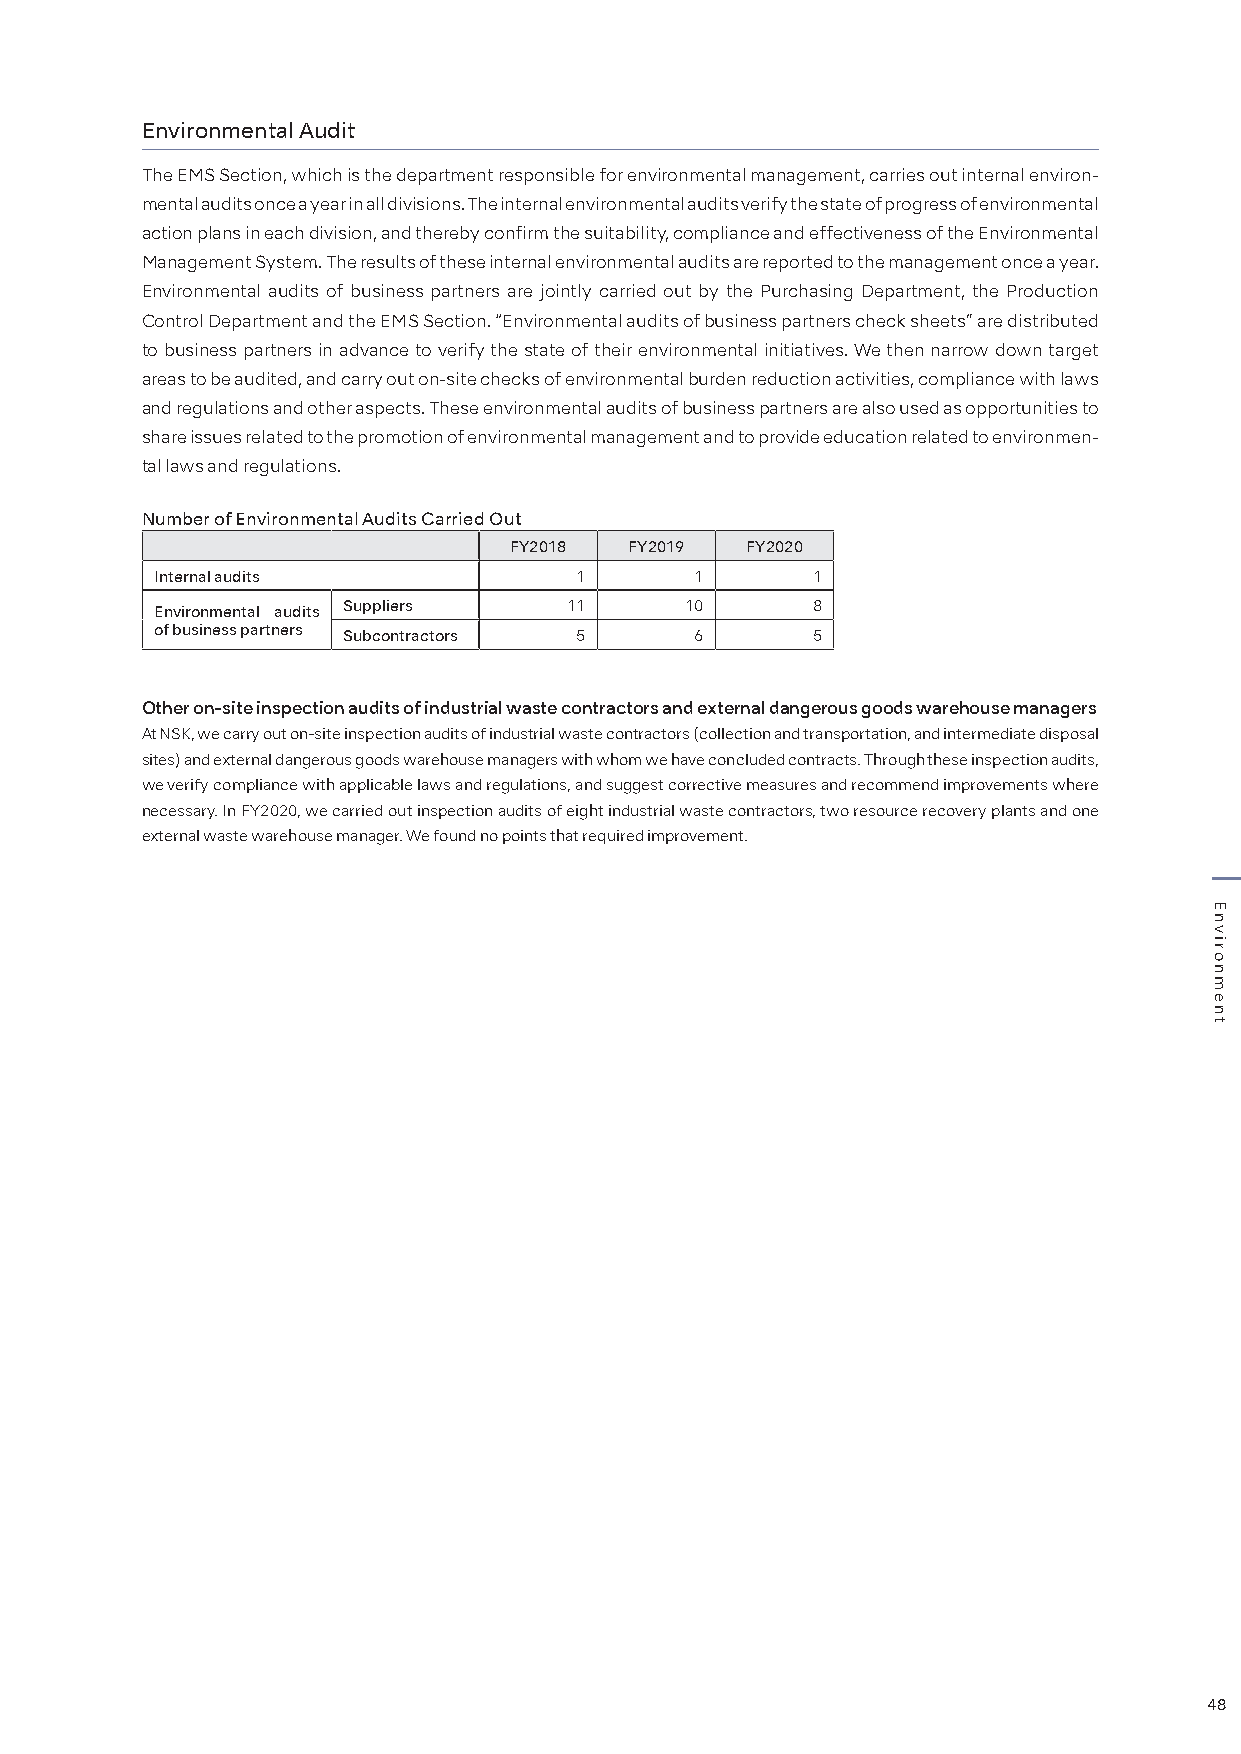
Environmental Audit
 The EMS Section, which is the department responsible for environmental management, carries out internal environ-
 mental audits once a year in all divisions. The internal environmental audits verify the state of progress of environmental
 action plans in each division, and thereby confirm the suitability, compliance and effectiveness of the Environmental
 Management System. The results of these internal environmental audits are reported to the management once a year.
 Environmental audits of business partners are jointly carried out by the Purchasing Department, the Production
 Control Department and the EMS Section. “Environmental audits of business partners check sheets” are distributed
 to business partners in advance to verify the state of their environmental initiatives. We then narrow down target
 areas to be audited, and carry out on-site checks of environmental burden reduction activities, compliance with laws
 and regulations and other aspects. These environmental audits of business partners are also used as opportunities to
 share issues related to the promotion of environmental management and to provide education related to environmen-
 tal laws and regulations.
 Number of Environmental Audits Carried Out
 FY2018  FY2019 FY2020
 Internal audits             1       1       1
 Environmental audits Suppliers 11  10       8
 of business partners Subcontractors 5 6     5
 Other on-site inspection audits of industrial waste contractors and external dangerous goods warehouse managers
 At NSK, we carry out on-site inspection audits of industrial waste contractors (collection and transportation, and intermediate disposal
 sites) and external dangerous goods warehouse managers with whom we have concluded contracts. Through these inspection audits,
 we verify compliance with applicable laws and regulations, and suggest corrective measures and recommend improvements where
 necessary. In FY2020, we carried out inspection audits of eight industrial waste contractors, two resource recovery plants and one
 external waste warehouse manager. We found no points that required improvement.
 48
 Environment